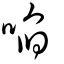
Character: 啗